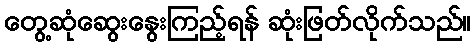
တွေ့ဆုံဆွေးနွေးကြည့်ရန် ဆုံးဖြတ်လိုက်သည်။